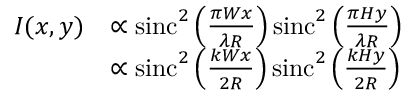
{ \begin{array} { r l } { I ( x , y ) } & { \propto \operatorname { s i n c } ^ { 2 } \left( { \frac { \pi W x } { \lambda R } } \right) \operatorname { s i n c } ^ { 2 } \left( { \frac { \pi H y } { \lambda R } } \right) } \\ & { \propto \operatorname { s i n c } ^ { 2 } \left( { \frac { k W x } { 2 R } } \right) \operatorname { s i n c } ^ { 2 } \left( { \frac { k H y } { 2 R } } \right) } \end{array} }